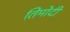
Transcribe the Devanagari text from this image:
तिमोदी